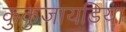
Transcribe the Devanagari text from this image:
कुकुजायडिया